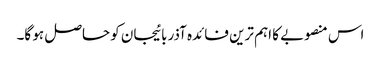
اس منصوبے کا اہم ترین فائدہ آذربائیجان کو حاصل ہو گا۔